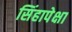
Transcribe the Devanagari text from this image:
सिंहापेक्षा